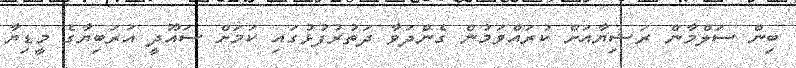
ބިން ސަލްމާން ރަޝިޔާއަށް ކުރައްވަމުން ގެންދަވާ ދަތުރުފުޅުގައި ކަމަށް ސައޫދީ އަރަބިޔާގެ މީޑިޔާ